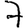
Digit: 7